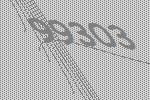
99303